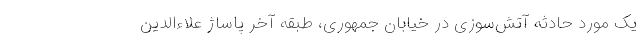
یک مورد حادثه آتش‌سوزی در خیابان جمهوری، طبقه آخر پاساژ علاءالدین